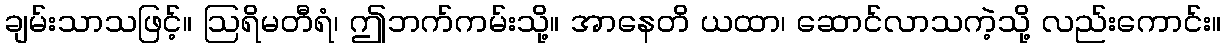
ချမ်းသာသဖြင့်။ ဩရိမတီရံ၊ ဤဘက်ကမ်းသို့။ အာနေတိ ယထာ၊ ဆောင်လာသကဲ့သို့ လည်းကောင်း။